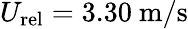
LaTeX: U_{\mathrm{rel}}=3.30~\mathrm{m/s}